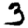
Digit: 3